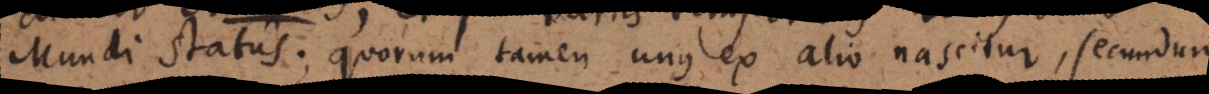
Mundi status; quorum tamen unus ex alio nascitur, secundum